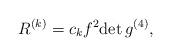
LaTeX: \begin{align*}R^{(k)}=c_kf^2 {\rm det}\, g^{(4)},\end{align*}